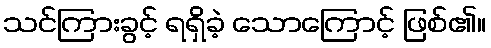
သင်ကြားခွင့် ရရှိခဲ့ သောကြောင့် ဖြစ်၏။